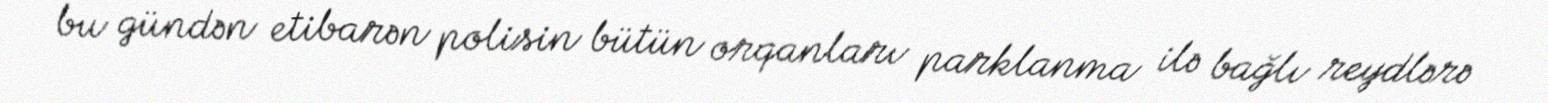
bu gündən etibarən polisin bütün orqanları parklanma ilə bağlı reydlərə